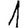
Digit: 1